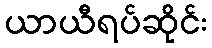
ယာယီရပ်ဆိုင်း